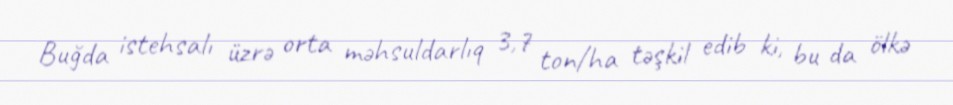
Buğda istehsalı üzrə orta məhsuldarlıq 3,7 ton/ha təşkil edib ki, bu da ölkə